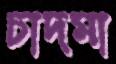
চাদমা